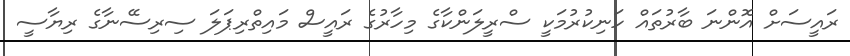
ރައީސަށް އޮންނަ ބާރުތައް ހަނިކުރުމަކީ ސްރީލަންކާގެ މިހާރުގެ ރައީސް މައިތްރިޕަލަ ސިރިސޭނާގެ ރިޔާސީ